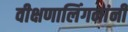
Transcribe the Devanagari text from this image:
वीक्षणालिंगनांनीं